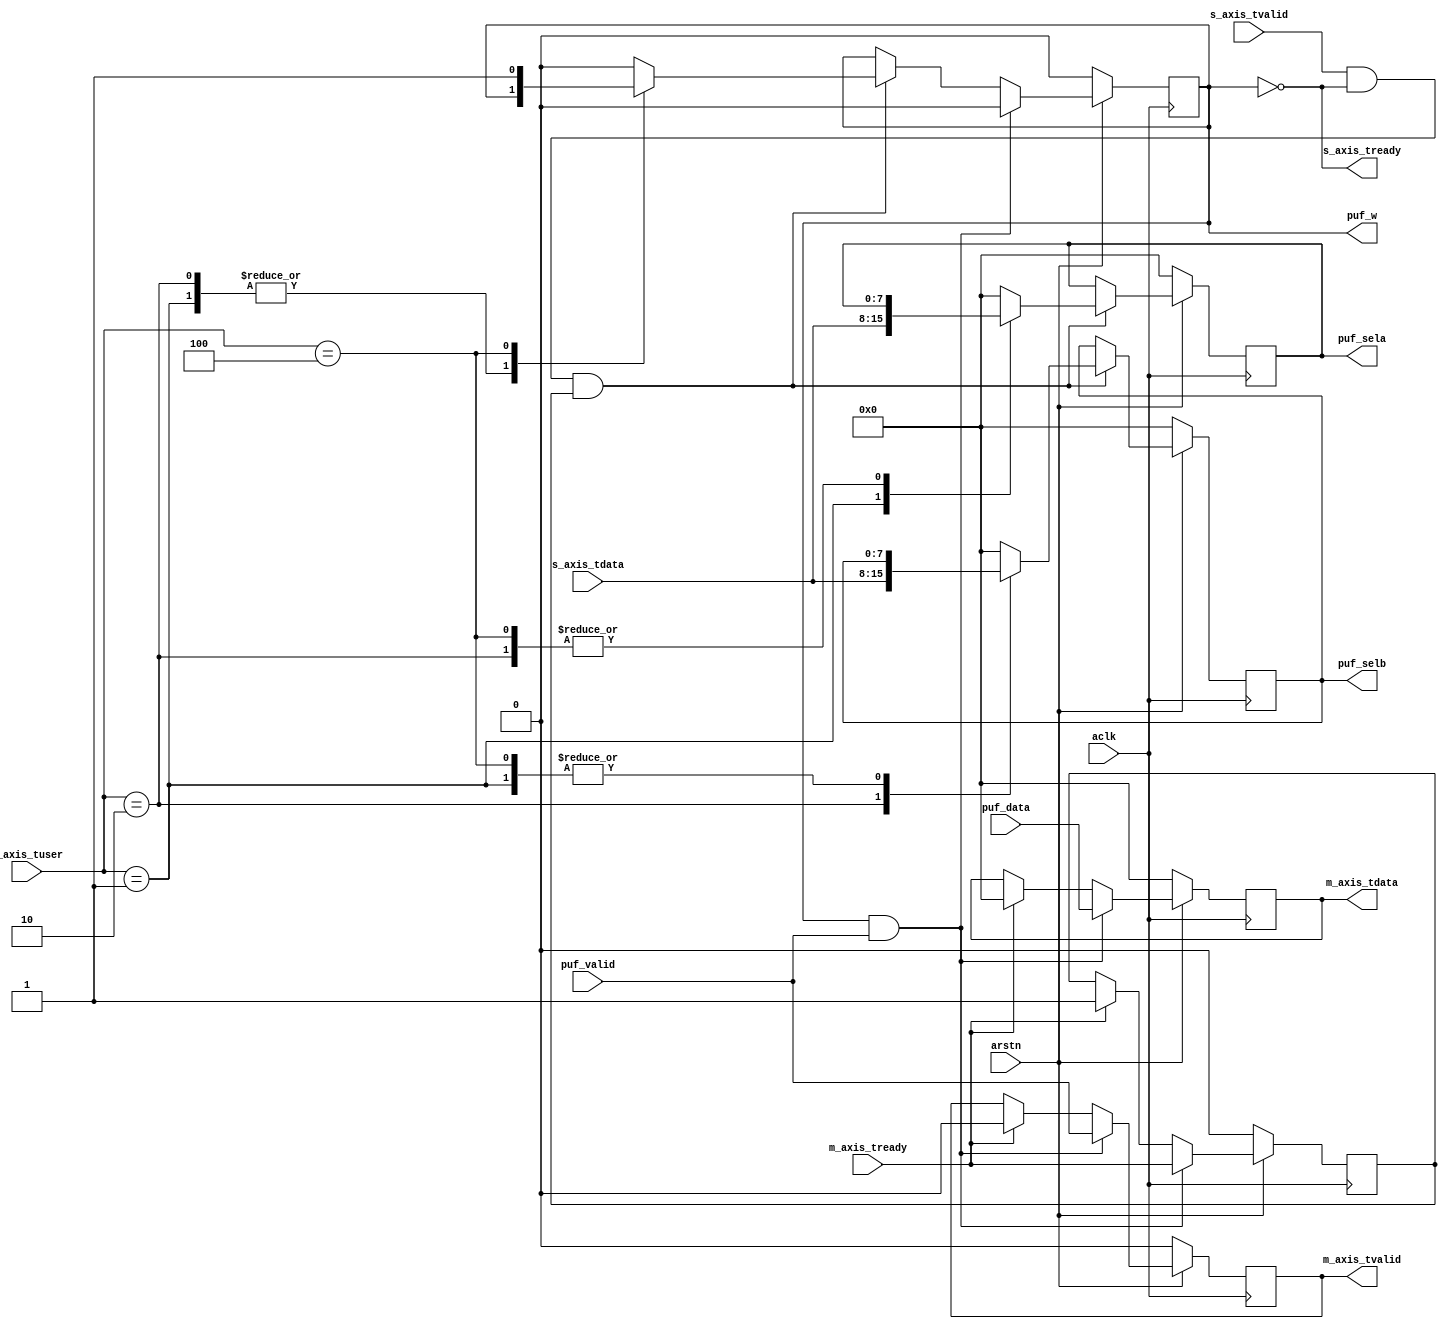
// ***************************************************************************
// ***************************************************************************
// @FILE    util_axis_puf_controller.v
// @AUTHOR  Jay Convertino
// @DATE    2022.04.25
// @BRIEF   Interface string encoder/decoder with puf core. Fixed sizes for
//          lazyness.
//
// @LICENSE MIT
//  Copyright 2022 Jay Convertino
//
//  Permission is hereby granted, free of charge, to any person obtaining a copy
//  of this software and associated documentation files (the "Software"), to 
//  deal in the Software without restriction, including without limitation the
//  rights to use, copy, modify, merge, publish, distribute, sublicense, and/or 
//  sell copies of the Software, and to permit persons to whom the Software is 
//  furnished to do so, subject to the following conditions:
//
//  The above copyright notice and this permission notice shall be included in 
//  all copies or substantial portions of the Software.
//
//  THE SOFTWARE IS PROVIDED "AS IS", WITHOUT WARRANTY OF ANY KIND, EXPRESS OR 
//  IMPLIED, INCLUDING BUT NOT LIMITED TO THE WARRANTIES OF MERCHANTABILITY, 
//  FITNESS FOR A PARTICULAR PURPOSE AND NONINFRINGEMENT. IN NO EVENT SHALL THE
//  AUTHORS OR COPYRIGHT HOLDERS BE LIABLE FOR ANY CLAIM, DAMAGES OR OTHER 
//  LIABILITY, WHETHER IN AN ACTION OF CONTRACT, TORT OR OTHERWISE, ARISING 
//  FROM, OUT OF OR IN CONNECTION WITH THE SOFTWARE OR THE USE OR OTHER DEALINGS
//  IN THE SOFTWARE.
// ***************************************************************************
// ***************************************************************************

`timescale 1ns/100ps

//string to puf
module util_axis_puf_controller
  (
    //axi streaming clock and reset.
    input               aclk,
    input               arstn,
    //axis slave interface (input)
    input       [ 7:0]  s_axis_tdata,
    input               s_axis_tvalid,
    input       [ 3:0]  s_axis_tuser,
    output              s_axis_tready,
    //axis master interface (out)
    output  reg [ 7:0]  m_axis_tdata,
    output  reg         m_axis_tvalid,
    input               m_axis_tready,
    //puf interface (in/out)
    input       [ 7:0]  puf_data,
    input               puf_valid,
    output  reg [ 7:0]  puf_sela,
    output  reg [ 7:0]  puf_selb,
    output              puf_w
  );
  
  reg r_puf_w;
  reg r_m_axis_tready;
  
  //core is ready when w has not been set to 1
  assign s_axis_tready = ~r_puf_w;
  //wire puf_w register to puf_w output
  assign puf_w = r_puf_w;
  
  always @(posedge aclk) begin
    // resets
    if(arstn == 1'b0) begin
      m_axis_tdata    <= 0;
      m_axis_tvalid   <= 0;
      puf_sela        <= 0;
      puf_selb        <= 0;
      r_puf_w         <= 0;
      r_m_axis_tready <= 0;
    end else begin
      m_axis_tdata    <= m_axis_tdata;
      m_axis_tvalid   <= m_axis_tvalid;
    
      // when there is no valid and such, these lines should be asserted to 0
      if(m_axis_tready == 1'b1) begin
        m_axis_tdata    <= 0;
        m_axis_tvalid   <= 0;
        r_m_axis_tready <= m_axis_tready;
      end
      
      // didn't use a state machine. would be easier to understand, but this 
      // is so simple it really doesn't need it.
      // if it has valid input data, w is deasserted, and we output data successfully
      // process slave input.
      if((s_axis_tvalid == 1'b1) && (r_puf_w != 1'b1) && (r_m_axis_tready == 1'b1)) begin
        case(s_axis_tuser)
          4'h1 : begin
            puf_sela <= s_axis_tdata;
          end
          4'h2 : begin
            puf_selb <= s_axis_tdata;
          end
          4'h4 : begin
            r_puf_w <= 1'b1;
          end
          default : begin
            puf_sela <= 0;
            puf_selb <= 0;
            r_puf_w <= 1'b0;
          end
        endcase
      end
      
      // if we are in the write state and the puf outputs valid data,
      // output the data and let puf go back to start (deassert w).
      if((r_puf_w == 1'b1) && (puf_valid == 1'b1)) begin
        m_axis_tdata    <= puf_data;
        m_axis_tvalid   <= puf_valid;
        r_puf_w         <= 1'b0;
        r_m_axis_tready <= m_axis_tready;
      end
    end
  end
  
endmodule